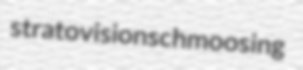
stratovision schmoosing